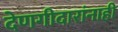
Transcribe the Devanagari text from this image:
देणगीदारांनाही